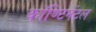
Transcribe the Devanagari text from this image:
कॉण्टिनेंटल